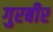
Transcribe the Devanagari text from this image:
गुरबीर